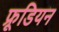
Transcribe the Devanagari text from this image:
फ्रूडियन